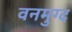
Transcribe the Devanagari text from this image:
वनमुग्द